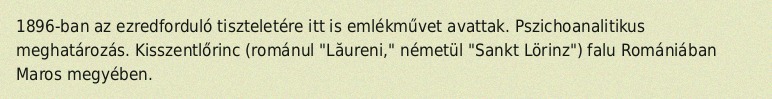
1896-ban az ezredforduló tiszteletére itt is emlékművet avattak. Pszichoanalitikus meghatározás. Kisszentlőrinc (románul "Lăureni," németül "Sankt Lörinz") falu Romániában Maros megyében.